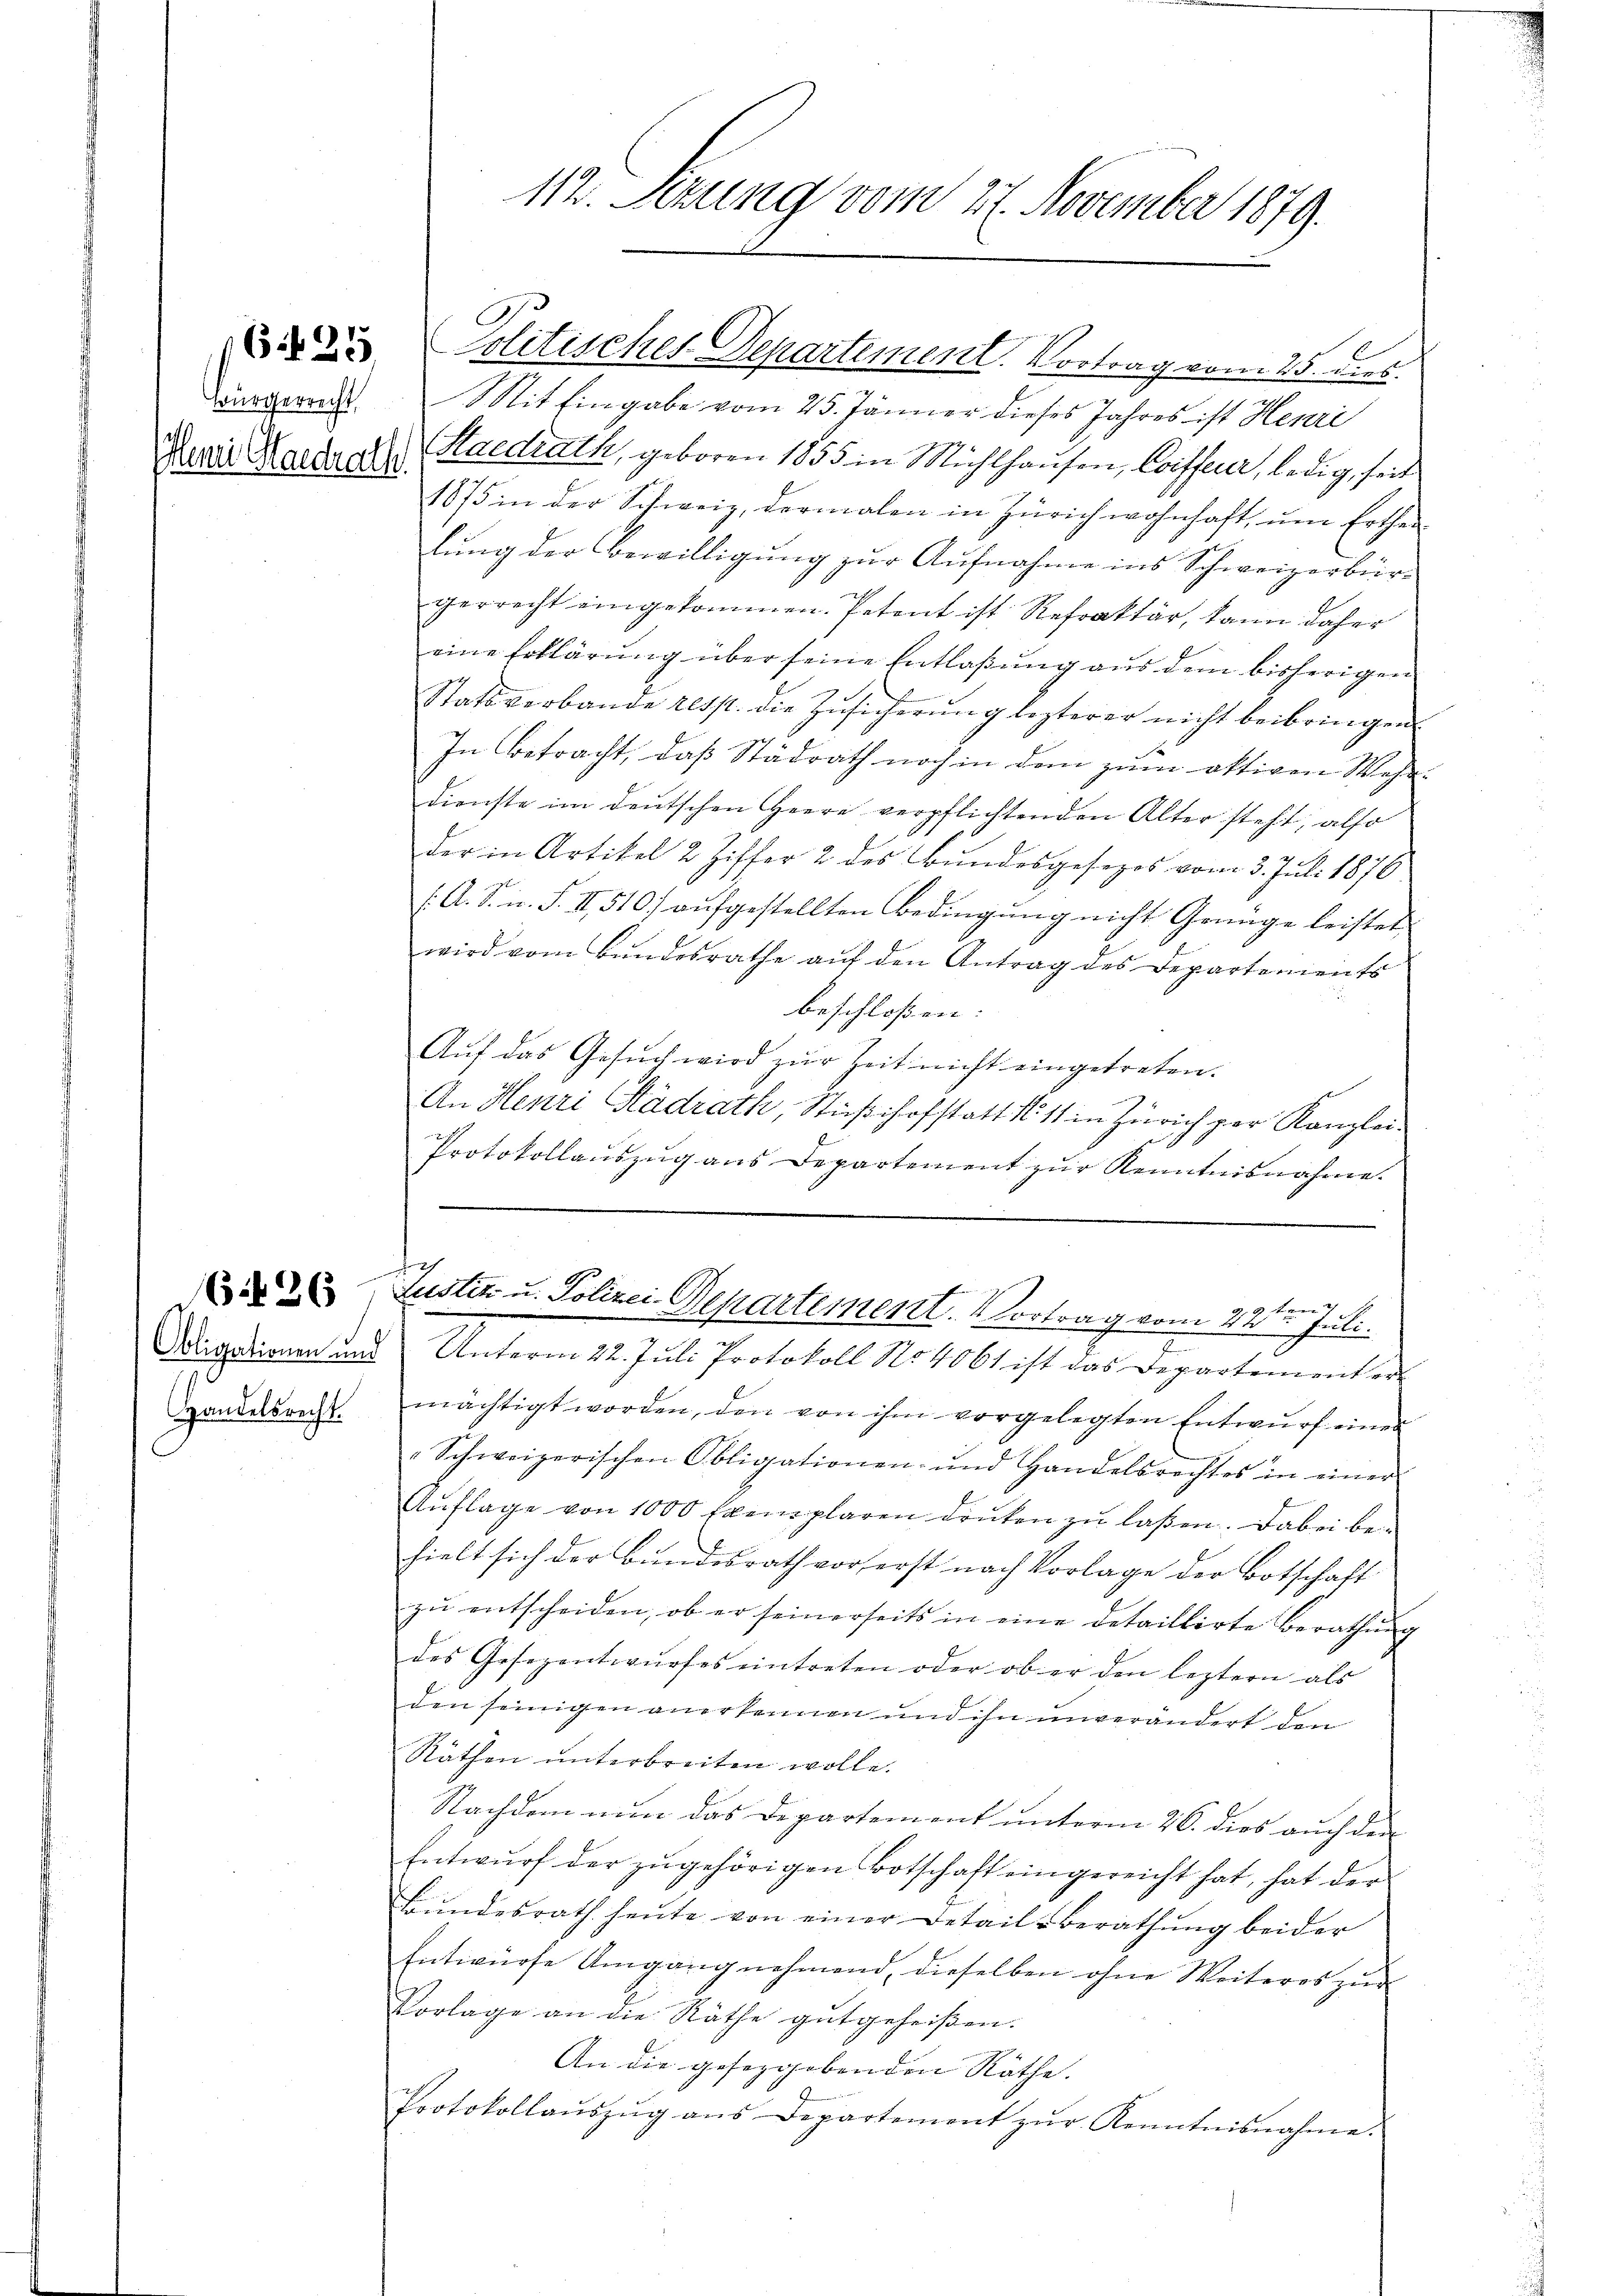
6425

würgerrecht,
Henri Stadrath.

126

Obligationen und
Handelsrecht.

Mit Eingabe vom 25. Jänner dieses Jahres ist Henri
Staedrath, geboren 1855 in Mühlhausen, Coiffeuer, ledig, seit
1875 in der Schweiz, dermalen in Zürich wohnhaft, um Ertheil
lung der Bewilligung zur Aufnahme ins Schweizerbürgerrecht eingekommen. Petent ist Refraktär, kann daher
eine Erklärung über seine Entlaßung aus dem bisherigen
Statsverbande resst. die Zŭsicherŭng lezterer nicht beibringen.
In betracht, daß Stadrath noch in dem zum aktiven Wahr-
dienste im deutschen Herrn verpflichtenden Alter steht, also
der in Artikel 2 Ziffer 2 des Bundesgesezes vom 3. Juli 1876
(. A. S. n. F. II, 510 aufgestellten Bedingung nicht Genüge leistet
wird vom Bŭndesrathe aŭf den Antrag des Departements
beschloßen:
Aŭf das Gesŭch wird zŭr Zeit nicht eingetreten.
An Henri Stadrath, Stüßihofstatt No 11 in Zürich par Kanzlei-
Protokollauszug aus Departement zur Kenntnisnahme.
h
8 ten 1
Justiz u. Polizei-Gepartement. Vortrag vom 24. Juli.
Unterm 22. Juli Protokoll No 4061 ist das Departementer
mächtigt worden, den von ihm vorgelegten Entwurf eines
"Schweizerischen Obligationen- und Handelsrechtes in einer
Aŭflage von 1000 Exemplaren Druken zu laßen. Dabei behielt sich der Bundesrath vorherst nach Vorlage der Botschaft
zu entscheiden, ob er seinerseits in eine detaillirte Berathung
des Gesezentwŭrfes eintreten oder ob er den leztern als
den seinigen anerkennen und ihn unverändert den
Räthen unterbreiten wolle.
Nachdem nun das Departement unterm 26. dies auch den
Entwŭrf der zŭgehörigen Botschaft eingereicht hat, hat der
Bŭndesrath heŭte von einer Detail-Berathŭng beider
Entwürfe Umgang nehmend, dieselben ohne Weiteres zŭr
Vorlage an die Räthe gutgeheißen.
An die gesetzgebenden Räthe.
Protokollaŭszŭg ans Departement zŭr Kenntnisnahme.

112. Sezung vom 27. November 1879.

Politisches Departement. Vortrag vom 25. dies